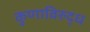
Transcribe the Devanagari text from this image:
कुणाविरुद्ध